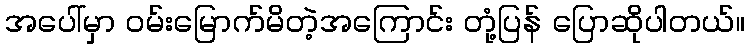
အပေါ်မှာ ဝမ်းမြောက်မိတဲ့အကြောင်း တုံ့ပြန် ပြောဆိုပါတယ်။